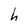
Character: h